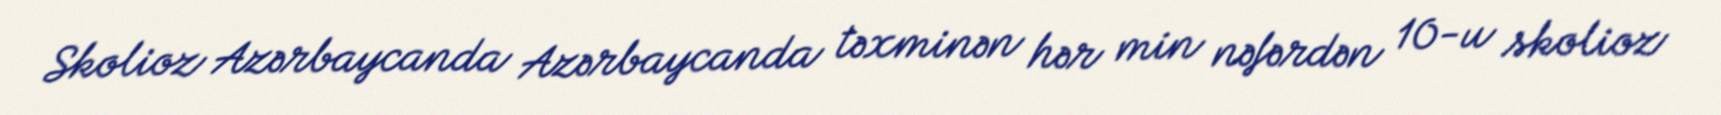
Skolioz Azərbaycanda Azərbaycanda təxminən hər min nəfərdən 10-u skolioz